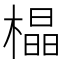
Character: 橸